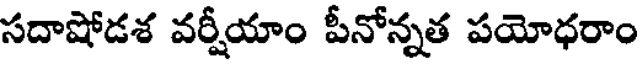
సదాషోడశ వర్షీయాం పీనోన్నత పయోధరాం